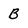
Character: B